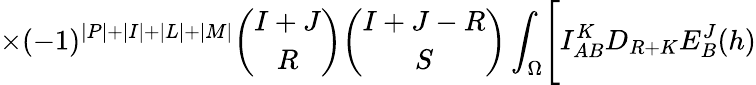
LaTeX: \times(-1)^{\vert P\vert+\vert I\vert+\vert L\vert+\vert M\vert}{\binom{I+J}{R}}{\binom{I+J-R}{S}}\int_{\Omega}\Biggl[I_{AB}^{K}D_{R+K}E_{B}^{J}(h)